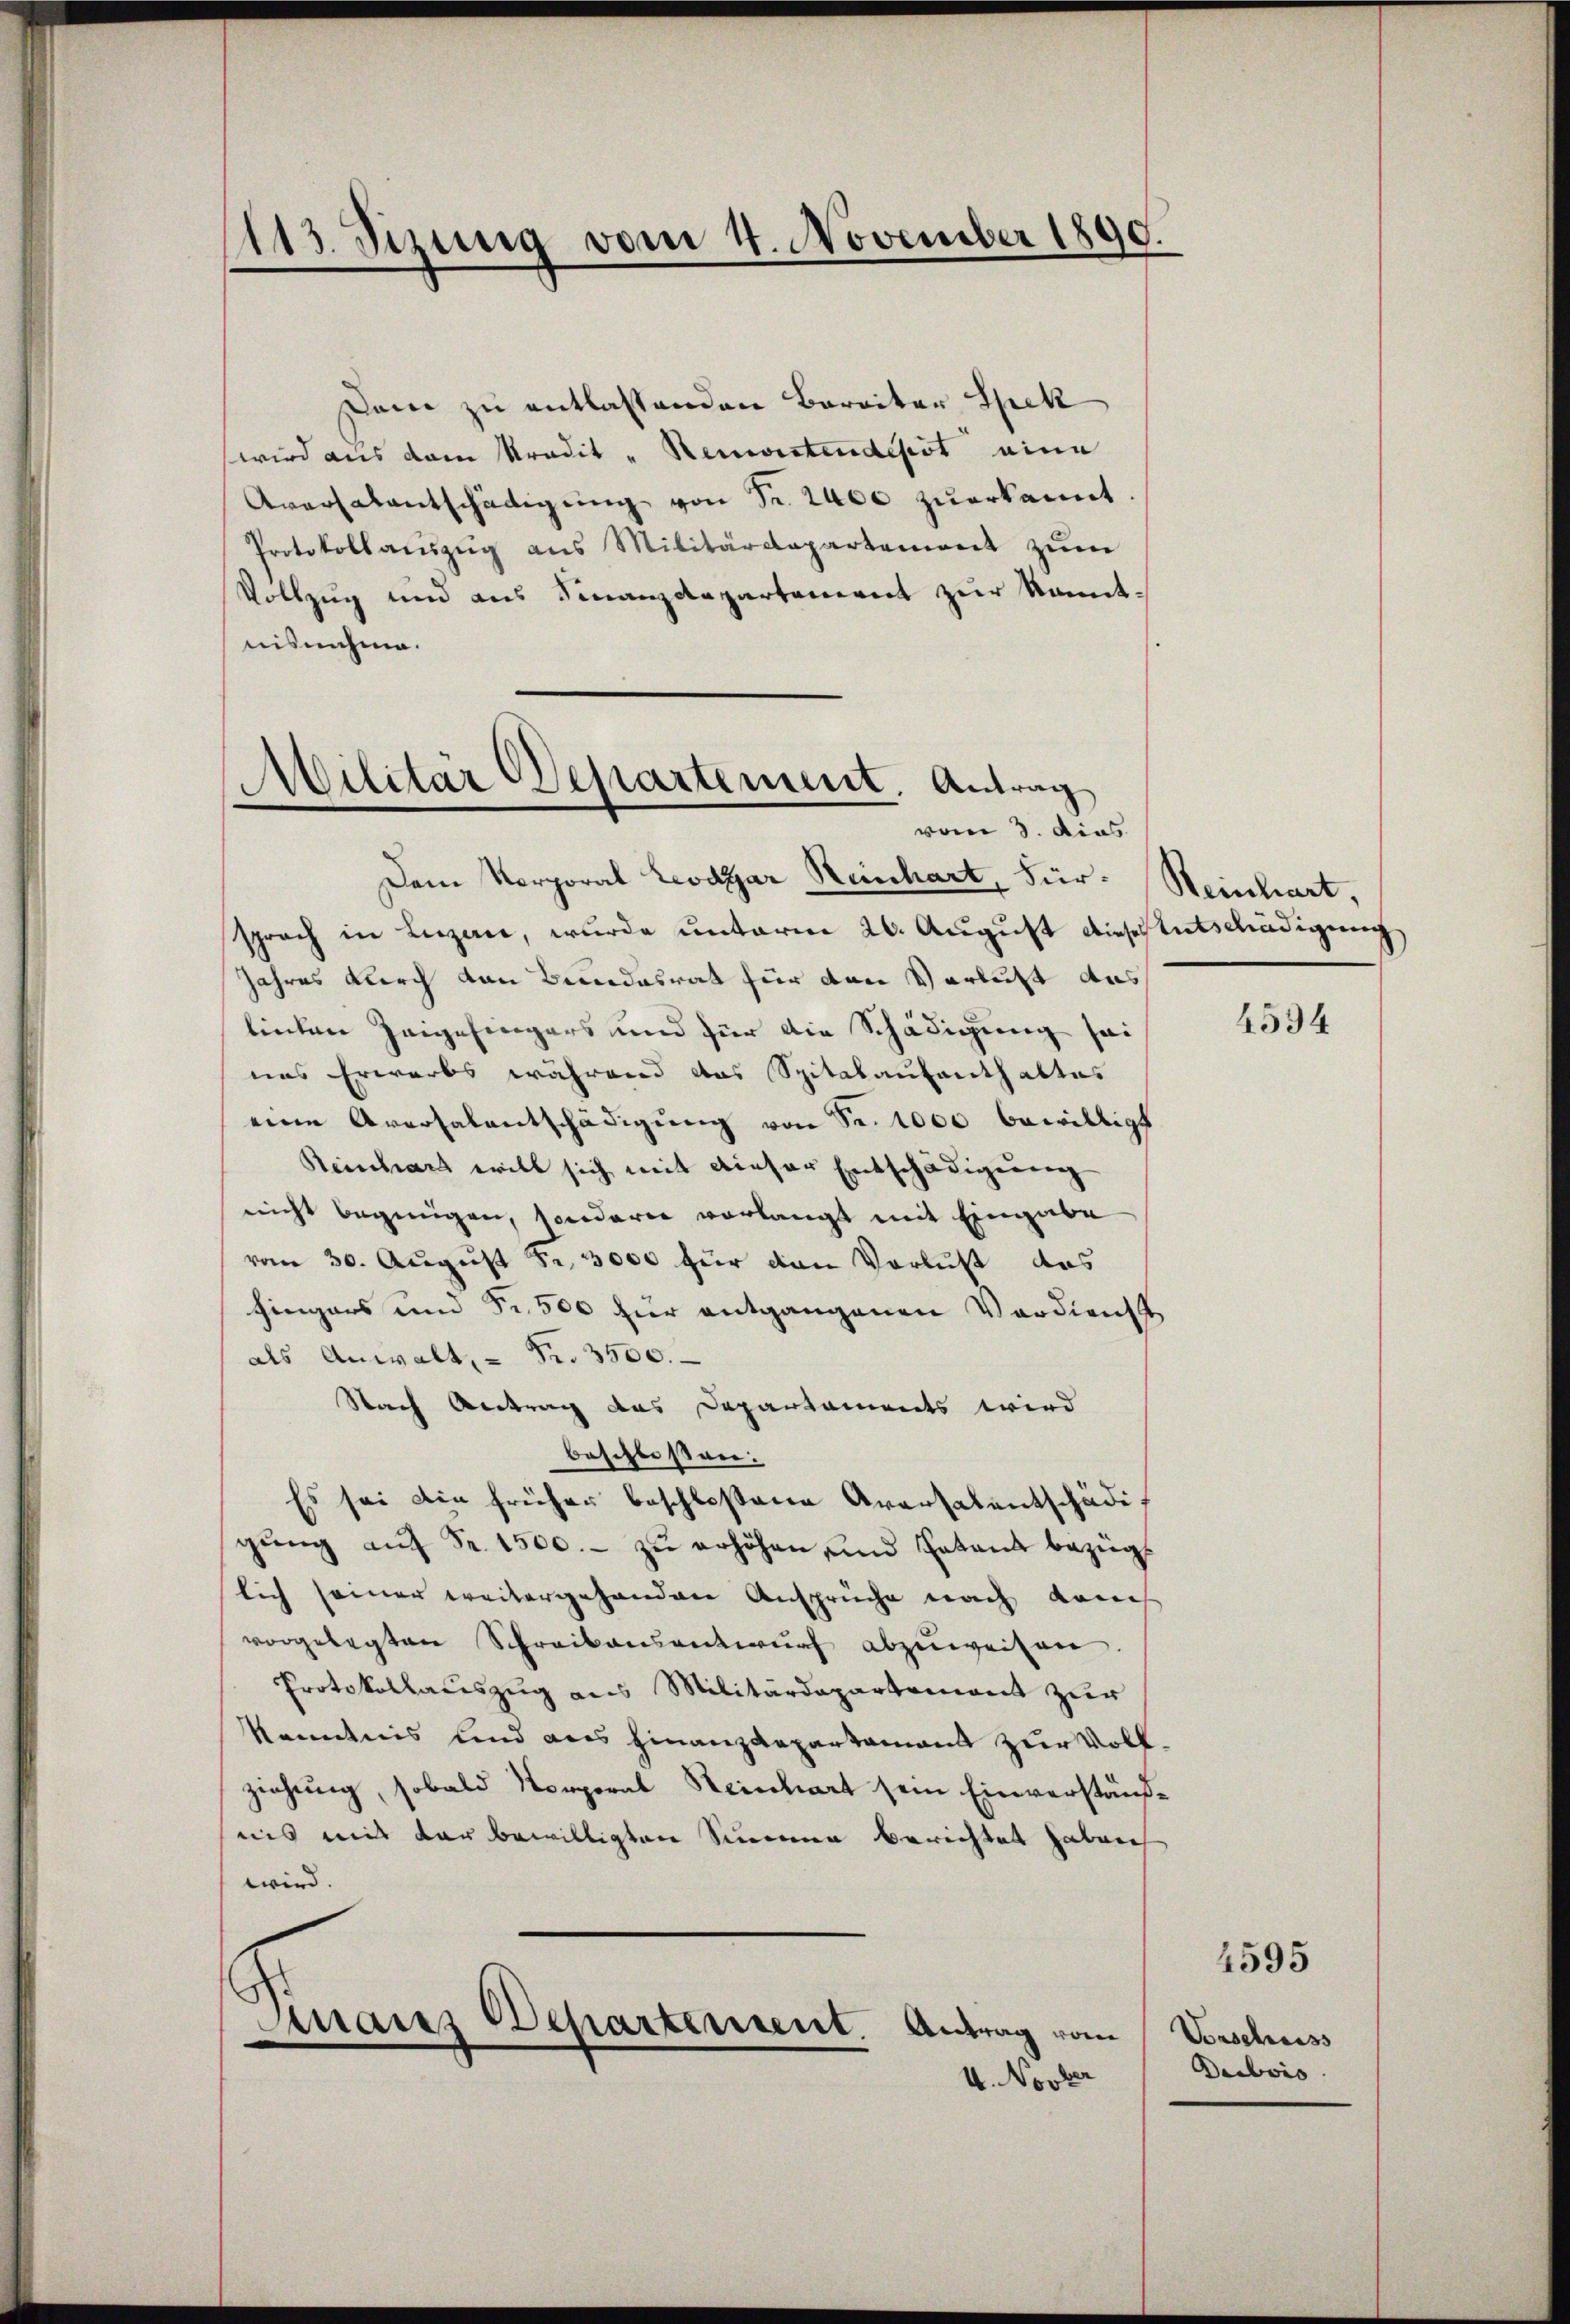
113. Sizung vom 4. November 1890.

Militär Departement. Antrag
vom 3. dies

Dem zu entlassenden Barritor Spek
wird aus dem radit - Remirtendesst eine
Aversalentschädigŭng von Fr. 2400 zuerkannt.
Protokollaŭszŭg ans Militärdepartement zŭm
Vollzug und aus Finanzdepartement zur kanntnisnehme.
Dem Vorporal Leodgar Reinhart, Für- Steinhart,
sprach in Luzern, wurde unterm 26. August diese Entschädigung
Jahres durch von Bundesrat für den Verlust das
linten Zeigefingers und für die Schädigung sei
nas Erwarbs während das Spitalaufenthaltes
eine Aversalentschädigŭng von Sr. 1000 bewilligt
Reinhart will sich mit dieser Entschädigung
nicht begnügen, sondern vorlangt mit Eingabe
vom 30. August Fr. 3000 für den Verlust das
hingers und Fr. 500 für entgangenen Verdienst
als Anwalt. - Fr. 3500.
Nach Antrag das Departaments wird
beschlossen.
Es sei die früher beschloßene Aversalentschädigŭng aŭf Fr. 1500.- zŭ erhöhen, und Patent bezüglich seiner weitergehandere Ansprüche nach Lauch
vorgelegten Schreibensentwŭrf abzuweisen.
Protokollauszug aus Militärdepartement zur
Kenntnis und des Finanzdepartamant zur Vollziehung, sobald Korporal Steinbart sein Einverständnis mit der bewilligten Simmen berichtet haben
wird.
s
h
mais Departement. Antrag vom
4. Novber

4594

4595

Vorschuss
Daebois